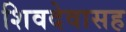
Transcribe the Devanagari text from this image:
शिवदेवासह